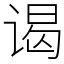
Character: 谒